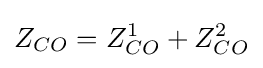
Z_{CO}=Z_{CO}^{1}+Z_{CO}^{2}